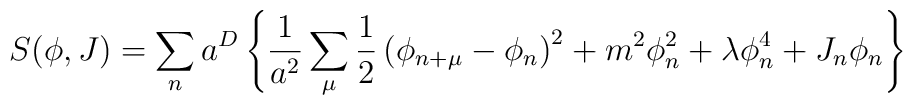
S(\phi,J) = \sum_n a^D \left \{ \frac{1}{a^2} \sum_{\mu} \frac{1}{2}\left ( \phi_{n+ \mu} - \phi_n \right )^2 + m^2 \phi_n^2 + \lambda\phi_n^4 +J_n \phi_n \right \}